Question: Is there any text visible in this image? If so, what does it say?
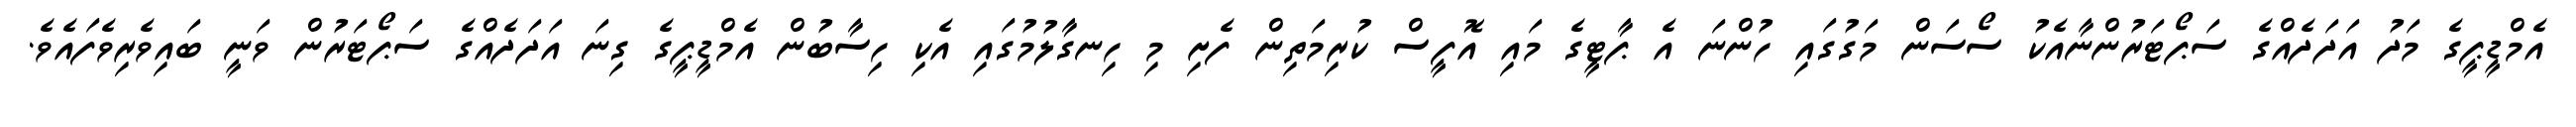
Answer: އެމްޑީޕީގެ މަދު އަދަދެއްގެ ސަޕޯޓަރުންނާއެކު ސޯސަން މަގުގައި ހުންނަ އެ ޕާޓީގެ މައި އޮފީސް ކުރިމަތިން ފެށި މި ހިނގާލުމުގައި އެކި ހިސާބުން އެމްޑީޕީގެ ގިނަ އަދަދެއްގެ ސަޕޯޓަރުން ވަނީ ބައިވެރިވެފައެވެ.